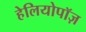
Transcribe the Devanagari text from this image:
हेलियोपॉज़